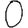
Digit: 0